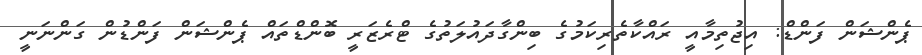
ޕެންޝަން ފަންޑް: އިޖުތިމާއީ ރައްކާތެރިކަމުގެ ބިންގާދައުލަތުގެ ޓްރެޒަރީ ބޮންޑްތައް ޕެންޝަން ފަންޑުން ގަންނަނީ